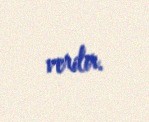
verilir.